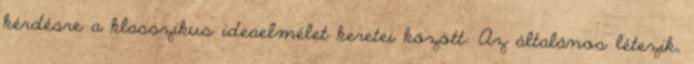
kérdésre a klasszikus ideaelmélet keretei között: Az általános létezik,